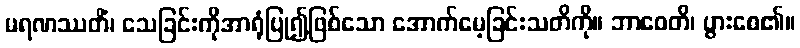
မရဏဿတိံ၊ သေခြင်းကိုအာရုံပြု၍ဖြစ်သော အောက်မေ့ခြင်းသတိကို။ ဘာဝေတိ၊ ပွားစေ၏။